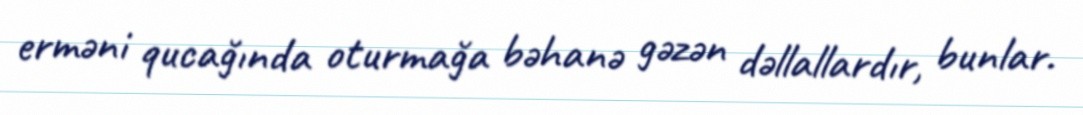
erməni qucağında oturmağa bəhanə gəzən dəllallardır, bunlar.